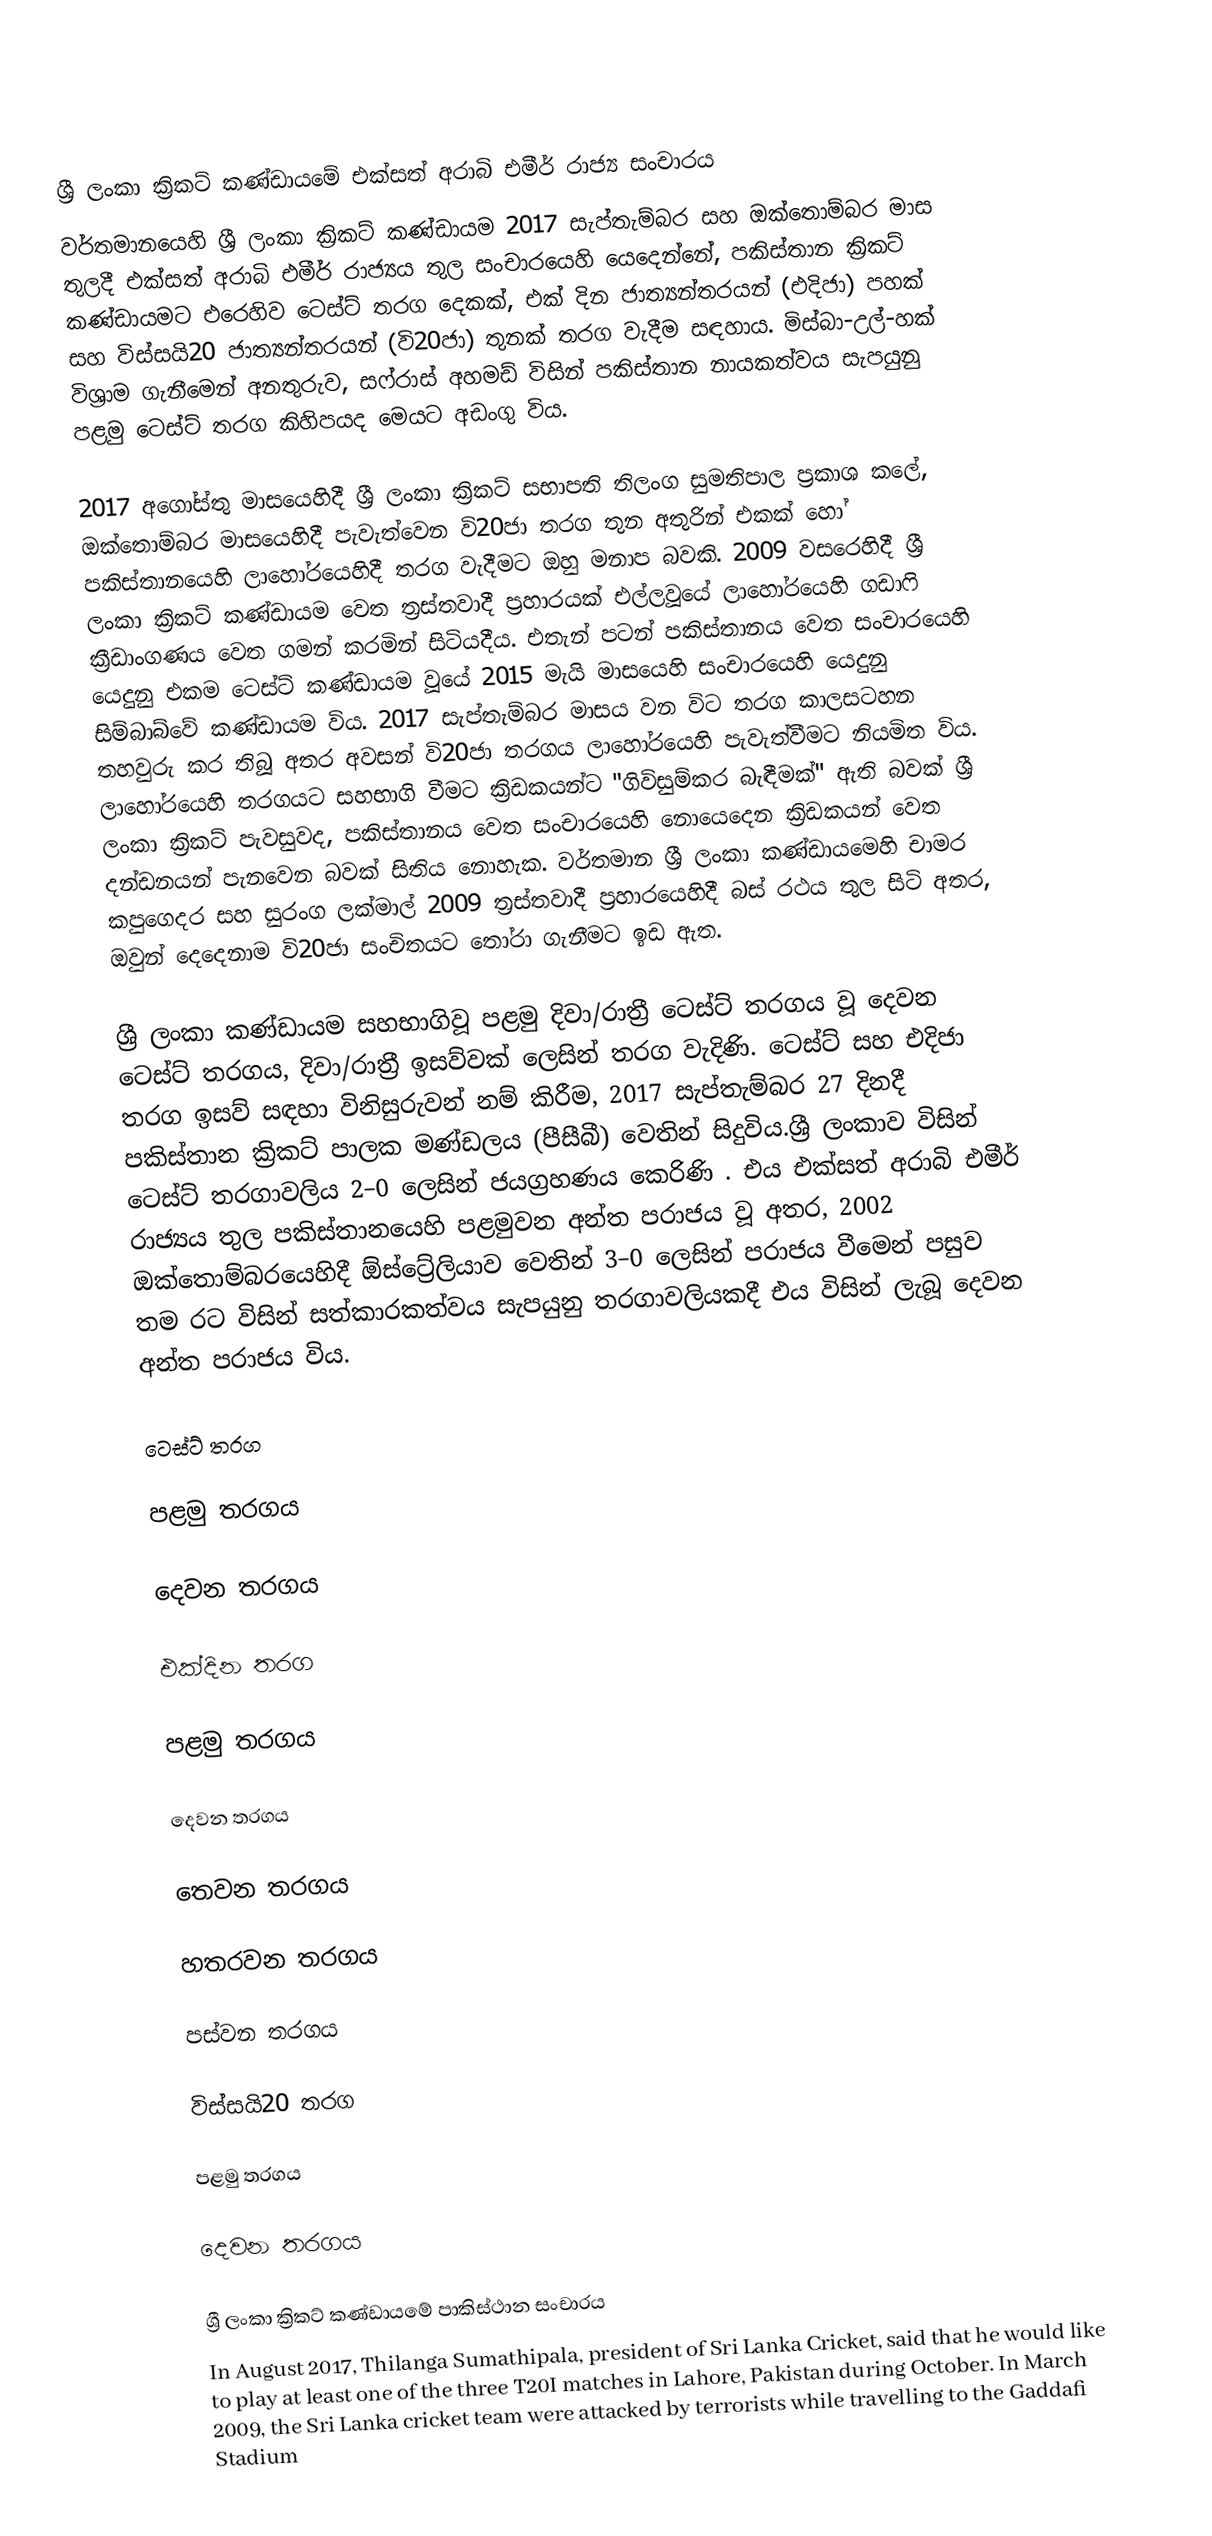

ශ්‍රී ලංකා ක්‍රිකට් කණ්ඩායමේ එක්සත් අරාබි එමීර් රාජ්‍ය සංචාරය
වර්තමානයෙහි ශ්‍රී ලංකා ක්‍රිකට් කණ්ඩායම 2017 සැප්තැම්බර සහ ඔක්තොම්බර මාස තුලදී එක්සත් අරාබි එමීර් රාජ්‍යය තුල සංචාරයෙහි යෙදෙන්නේ,   පකිස්තාන ක්‍රිකට් කණ්ඩායමට එරෙහිව ටෙස්ට් තරග දෙකක්, එක් දින ජාත්‍යන්තරයන් (එදිජා) පහක් සහ  විස්සයි20 ජාත්‍යන්තරයන් (වි20ජා) තුනක් තරග වැදීම සඳහාය. මිස්බා-උල්-හක් විශ්‍රාම ගැනීමෙන් අනතුරුව, සෆ්රාස් අහමඩ් විසින් පකිස්තාන  නායකත්වය සැපයුනු පළමු ටෙස්ට් තරග කිහිපයද මෙයට අඩංගු විය.

2017 අගෝස්තු මාසයෙහිදී ශ්‍රී ලංකා ක්‍රිකට් සභාපති තිලංග සුමතිපාල ප්‍රකාශ කලේ, ඔක්තොම්බර මාසයෙහිදී පැවැත්වෙන වි20ජා තරග තුන අතුරින් එකක් හෝ පකිස්තානයෙහි ලාහෝරයෙහිදී තරග වැදීමට ඔහු මනාප බවකි.  2009 වසරෙහිදී ශ්‍රී ලංකා ක්‍රිකට් කණ්ඩායම වෙත ත්‍රස්තවාදී ප්‍රහාරයක් එල්ලවූයේ ලාහෝරයෙහි ගඩාෆි ක්‍රීඩාංගණය වෙත ගමන් කරමින් සිටියදීය. එතැන් පටන් පකිස්තානය වෙත සංචාරයෙහි යෙදුනු එකම ටෙස්ට් කණ්ඩායම වූයේ   2015 මැයි මාසයෙහි සංචාරයෙහි යෙදුනු සිම්බාබ්වේ කණ්ඩායම විය. 2017 සැප්තැම්බර මාසය වන විට තරග කාලසටහන තහවුරු කර තිබූ අතර අවසන් වි20ජා තරගය ලාහෝරයෙහි පැවැත්වීමට නියමිත විය. ලාහෝරයෙහි තරගයට සහභාගි වීමට ක්‍රිඩකයන්ට  "ගිවිසුම්කර බැඳීමක්" ඇති බවක් ශ්‍රී ලංකා ක්‍රිකට් පැවසුවද, පකිස්තානය වෙත සංචාරයෙහි නොයෙදෙන ක්‍රිඩකයන් වෙත  දන්ඩනයන් පැනවෙන බවක් සිතිය නොහැක.  වර්තමාන ශ්‍රී ලංකා කණ්ඩායමෙහි චාමර කපුගෙදර සහ සුරංග ලක්මාල් 2009 ත්‍රස්තවාදී ප්‍රහාරයෙහිදී බස් රථය තුල සිටි අතර, ඔවුන් දෙදෙනාම වි20ජා සංචිතයට තෝරා ගැනීමට ඉඩ ඇත.

ශ්‍රී ලංකා කණ්ඩායම සහභාගිවූ පළමු දිවා/රාත්‍රී ටෙස්ට් තරගය වූ දෙවන ටෙස්ට් තරගය, දිවා/රාත්‍රී ඉසව්වක් ලෙසින් තරග වැදිණි. ටෙස්ට් සහ එදිජා තරග ඉසව් සඳහා  විනිසුරුවන් නම් කිරීම, 2017 සැප්තැම්බර 27 දිනදී  පකිස්තාන ක්‍රිකට් පාලක මණ්ඩලය (පීසීබී) වෙතින් සිදුවිය.ශ්‍රී ලංකාව විසින් ටෙස්ට් තරගාවලිය 2–0 ලෙසින් ජයග්‍රහණය කෙරිණි . එය එක්සත් අරාබි එමීර් රාජ්‍යය තුල  පකිස්තානයෙහි පළමුවන  අන්ත පරාජය වූ අතර,   2002 ඔක්තොම්බරයෙහිදී ඕස්ට්‍රේලියාව වෙතින්  3–0 ලෙසින් පරාජය වීමෙන් පසුව තම රට විසින් සත්කාරකත්වය සැපයුනු තරගාවලියකදී එය විසින් ලැබූ දෙවන අන්ත පරාජය විය.

ටෙස්ට් තරග

පළමු තරගය

දෙවන තරගය

එක්දින තරග

පළමු තරගය

දෙවන තරගය

තෙවන තරගය

හතරවන තරගය

පස්වන තරගය

විස්සයි20 තරග

පළමු තරගය

දෙවන තරගය

ශ්‍රී ලංකා ක්‍රිකට් කණ්ඩායමේ පාකිස්ථාන සංචාරය
In August 2017, Thilanga Sumathipala, president of Sri Lanka Cricket, said that he would like to play at least one of the three T20I matches in Lahore, Pakistan during October. In March 2009, the Sri Lanka cricket team were attacked by terrorists while travelling to the Gaddafi Stadium